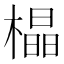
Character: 橸